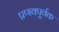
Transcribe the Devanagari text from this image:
प्रणवपूर्वक